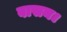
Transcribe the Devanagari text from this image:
वासन।